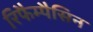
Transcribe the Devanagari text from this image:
रिफैम्पैसिन